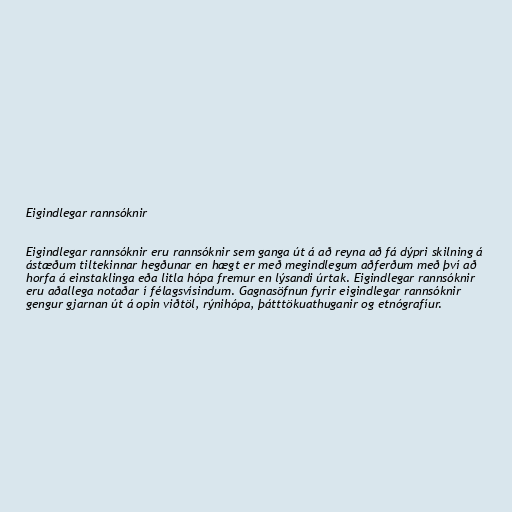
Eigindlegar rannsóknir

Eigindlegar rannsóknir eru rannsóknir sem ganga út á að reyna að fá dýpri skilning á
ástæðum tiltekinnar hegðunar en hægt er með megindlegum aðferðum með því að
horfa á einstaklinga eða litla hópa fremur en lýsandi úrtak. Eigindlegar rannsóknir
eru aðallega notaðar í félagsvísindum. Gagnasöfnun fyrir eigindlegar rannsóknir
gengur gjarnan út á opin viðtöl, rýnihópa, þátttökuathuganir og etnógrafíur.